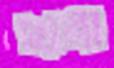
ছাপ্পা